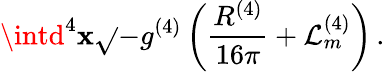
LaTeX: \intd^{4}\mathbf{x}\sqrt{}{{-g^{(4)}}}\left(\frac{{R^{(4)}}}{{16\pi}}+\mathcal{{L}}_{m}^{(4)}\right)\, .